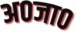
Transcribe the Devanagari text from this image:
अ०जा०